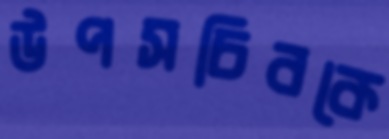
উপসচিবকে